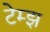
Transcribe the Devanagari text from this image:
टेम्झ